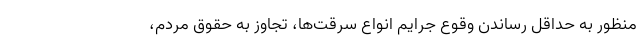
منظور به حداقل رساندن وقوع جرایم انواع سرقت‌ها، تجاوز به حقوق مردم،